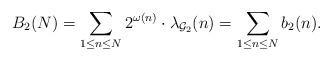
LaTeX: \begin{align*}\displaystyle B_2(N)= \sum_{1\leq n \leq N} 2^{\omega(n)}\cdot \lambda_{\mathcal{G}_2}(n)=\sum_{1\leq n \leq N} b_2(n).\end{align*}